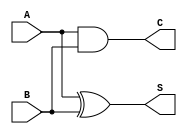
module half_adder (
    input wire A,  // First input bit
    input wire B,  // Second input bit
    output wire S, // Sum output
    output wire C  // Carry output
);

// Logic for Sum and Carry
assign S = A ^ B; // Sum output (A XOR B)
assign C = A & B; // Carry output (A AND B)

endmodule